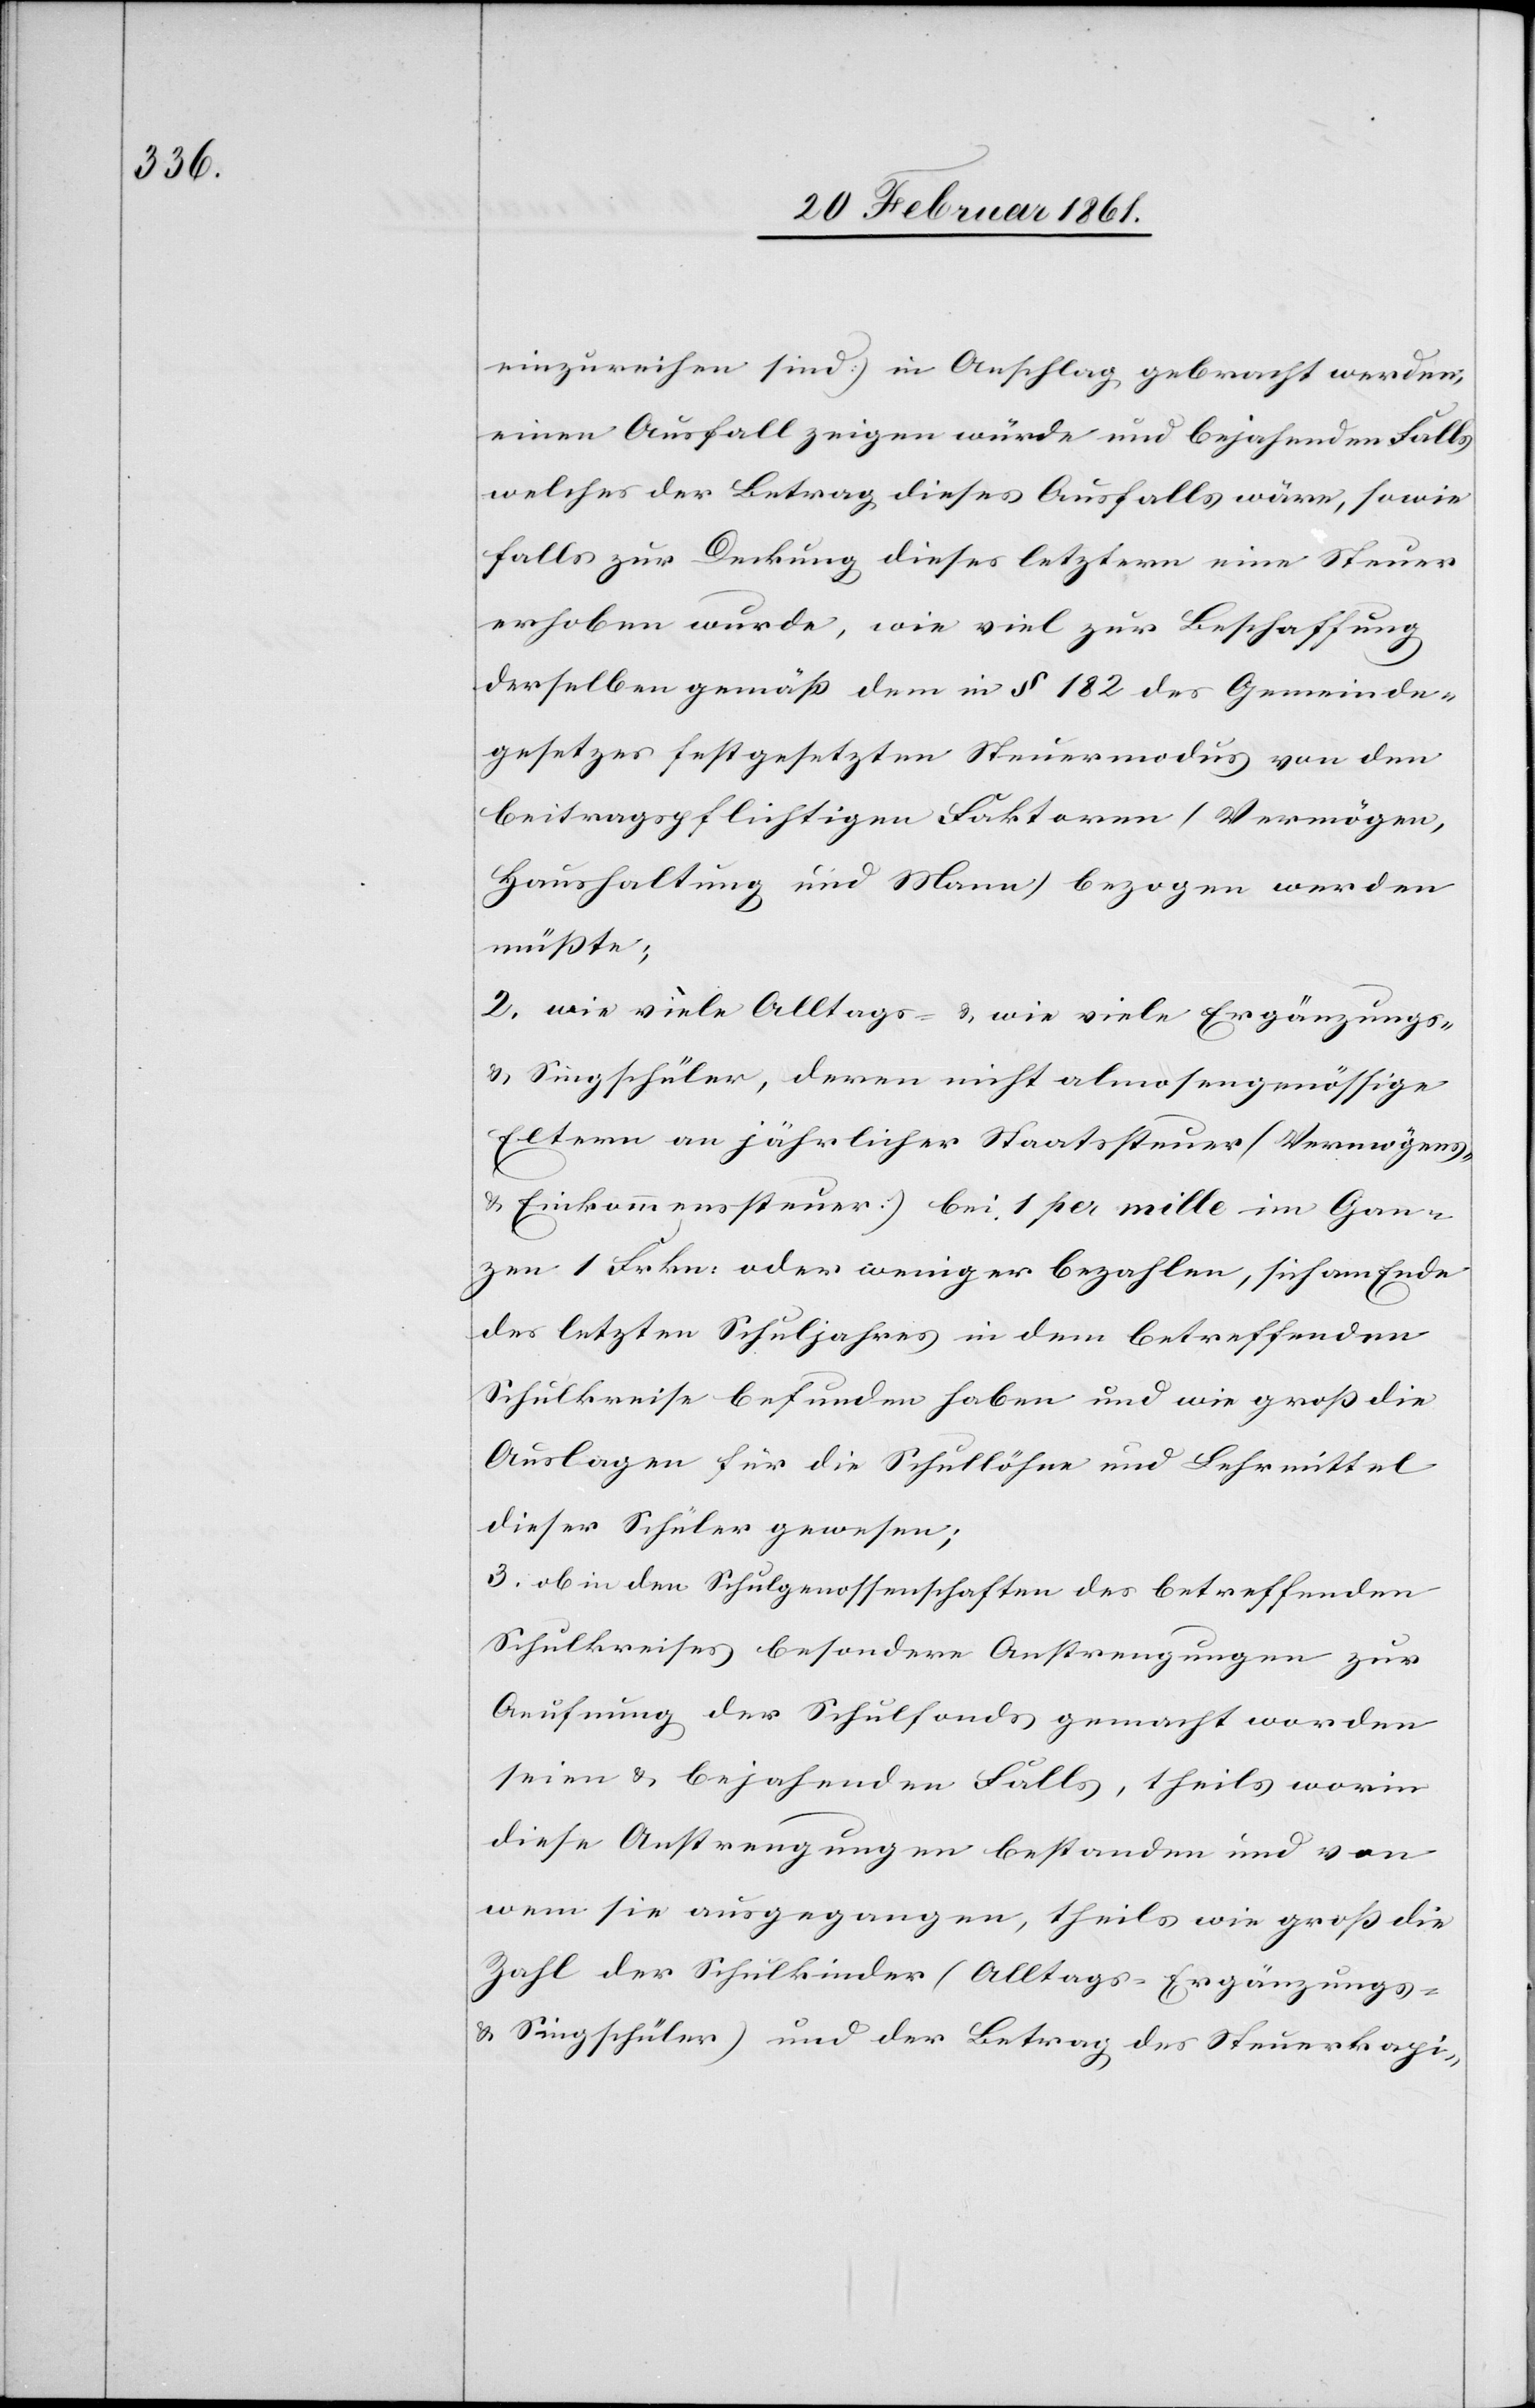
einzureihen [sic!] sind) in Anschlag gebracht werden;
einen Ausfall zeigen würde und bejahenden Falls
welches der Betrag dieses Ausfalls wäre, sowie
falls zur Deckung dieses letztern eine Steuer
erhoben wurde, wie viel zur Beschaffung
derselben gemäss dem in § 182 des Gemeinde¬
gesetzes festgesetzten Steuermodus von den
beitragspflichtigen Faktoren (Vermögen,
Haushaltung und Mann) bezogen werden
müsste;
2. wie viele Alltags- u. wie viele Ergänzungs-
u. Singschüler, deren nicht almosengenössige
Eltern an jährlicher Staatssteuer (Vermögens-
u. Einkommenssteuer) bei 1 per mille im Gan¬
zen 1 Frkn. oder weniger bezahlen , sich am Ende
des letzten Schuljahres in dem betreffenden
Schulkreise befunden haben und wie gross die
Auslagen für die Schullöhne und Lehrmittel
dieser Schüler gewesen;
3. ob in den Schulgenossenschaften des betreffenden
Schulkreises besondere Anstrengungen zur
Aeufnung des Schulfonds gemacht worden
seien u. bejahenden Falls, theils worin
diese Anstrengungen bestanden und von
wem sie ausgegangen, theils wie gross die
Zahl der Schulkinder (Alltags-[,] Ergänzungs-.
u. Singschüler) und der Betrag des Steuerkapi-